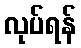
လုပ်ရန်